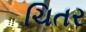
ચિતર